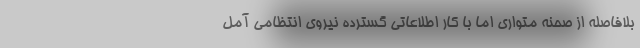
بلافاصله از صحنه متواری اما با کار اطلاعاتی گسترده نیروی انتظامی آمل